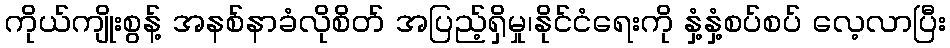
ကိုယ်ကျိုးစွန့် အနစ်နာခံလိုစိတ် အပြည့်ရှိမှု၊နိုင်ငံရေးကို နှံ့နှံ့စပ်စပ် လေ့လာပြီး